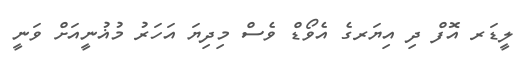
ލީޑަރ އޮފް ދި އިޔަރގެ އެވޯޑް ވެސް މިދިޔަ އަހަރު މުޣުނީއަށް ވަނީ